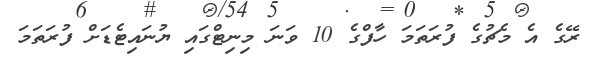
ރޭގެ އެ މެޗުގެ ފުރަތަމަ ހާފްގެ 10 ވަނަ މިނިޓްގައި ޔުނައިޓެޑަށް ފުރަތަމަ